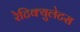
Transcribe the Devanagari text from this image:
रेटिक्युलेटस